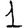
Digit: 1